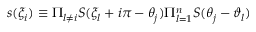
s ( \xi _ { i } ) \equiv \Pi _ { l \neq i } S ( \xi _ { l } + i \pi - \theta _ { j } ) \Pi _ { l = 1 } ^ { n } S ( \theta _ { j } - \vartheta _ { l } )